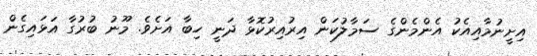
އިށީނުމާއިއެކު އެންމެންގެ ސަމާލުކަން އިރުއިރުކޮޅާ ދަނީ ހިބާ އަށެވެ. މޫނު ބުރުގާ އަޅައިގެން